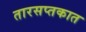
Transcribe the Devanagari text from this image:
तारसप्तकात